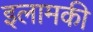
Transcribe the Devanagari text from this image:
इलामकी